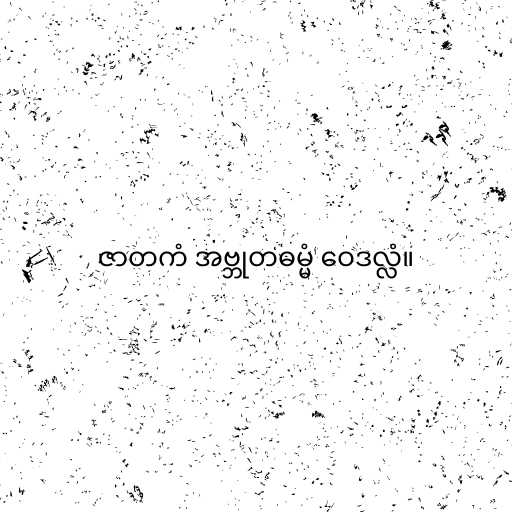
ဇာတကံ အဗ္ဘုတဓမ္မံ ဝေဒလ္လံ။